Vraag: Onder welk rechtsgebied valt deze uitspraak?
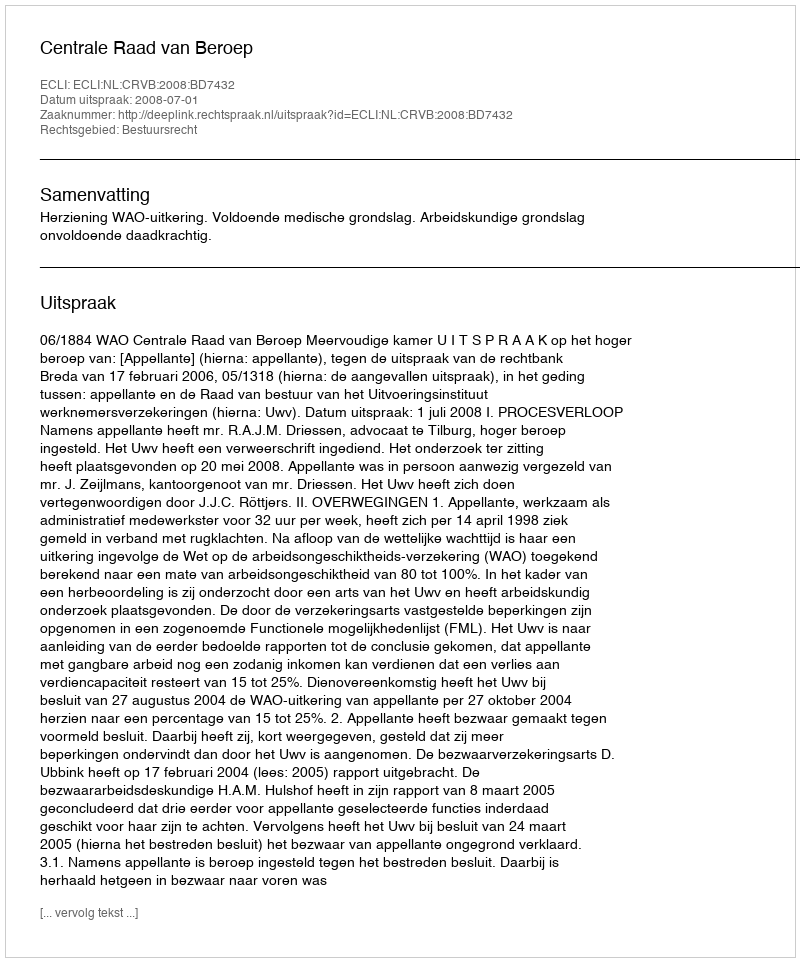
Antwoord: Bestuursrecht